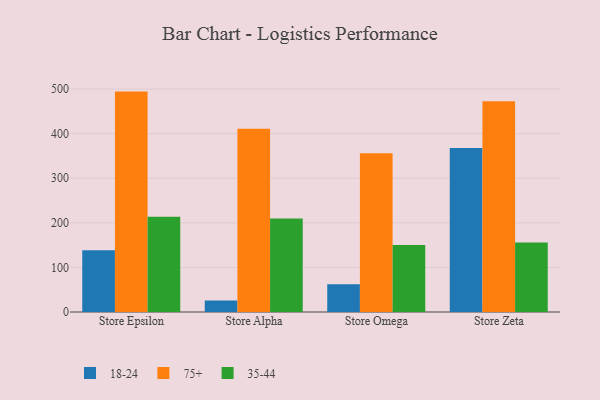
{"axis": {"x": "Store", "y": "Net Income (USD K)"}, "legend": ["18-24", "35-44", "75+"], "data": [{"x": "Store Epsilon", "y": 138.7, "type": "18-24"}, {"x": "Store Epsilon", "y": 494.3, "type": "75+"}, {"x": "Store Epsilon", "y": 213.9, "type": "35-44"}, {"x": "Store Alpha", "y": 26.0, "type": "18-24"}, {"x": "Store Alpha", "y": 411.1, "type": "75+"}, {"x": "Store Alpha", "y": 209.5, "type": "35-44"}, {"x": "Store Omega", "y": 62.4, "type": "18-24"}, {"x": "Store Omega", "y": 356.0, "type": "75+"}, {"x": "Store Omega", "y": 150.4, "type": "35-44"}, {"x": "Store Zeta", "y": 368.0, "type": "18-24"}, {"x": "Store Zeta", "y": 472.5, "type": "75+"}, {"x": "Store Zeta", "y": 156.1, "type": "35-44"}]}